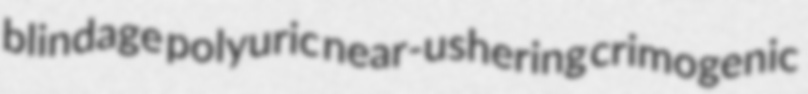
blindage polyuric near-ushering crimogenic